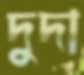
দুদা